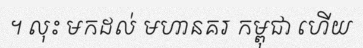
។ លុះ មកដល់ មហានគរ កម្ពុជា ហើយ